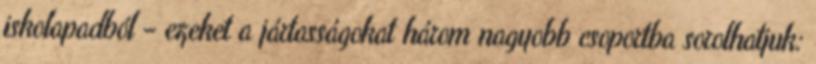
iskolapadból – ezeket a jártasságokat három nagyobb csoportba sorolhatjuk: